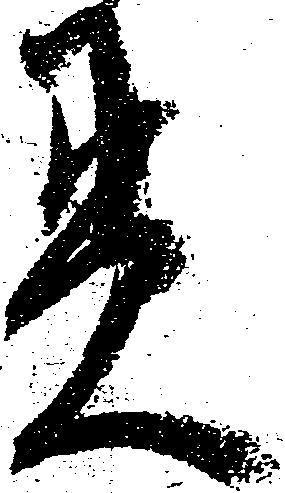
貫